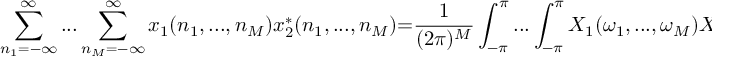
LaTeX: \sum _ { n _ { 1 } = - \infty } ^ { \infty } . . . \sum _ { n _ { M } = - \infty } ^ { \infty } x _ { 1 } ( n _ { 1 } , . . . , n _ { M } ) x _ { 2 } ^ { * } ( n _ { 1 } , . . . , n _ { M } ) { = } { \frac { 1 } { ( 2 \pi ) ^ { M } } } \int _ { - \pi } ^ { \pi } . . . \int _ { - \pi } ^ { \pi } X _ { 1 } ( \omega _ { 1 } , . . . , \omega _ { M } ) X _ { 2 } ^ { * } ( \omega _ { 1 } , . . . , \omega _ { M } ) d \omega _ { 1 } . . . d \omega _ { M }